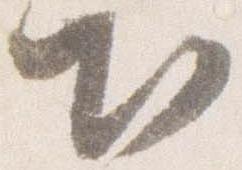
出